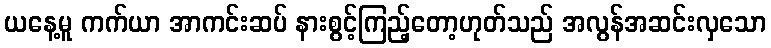
ယနေ့မူ ကက်ယာ အာကင်းဆပ် နားစွင့်ကြည့်တော့ဟုတ်သည် အလွန်အဆင်းလှသော